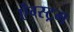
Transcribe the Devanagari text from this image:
ऐंग्स्ट्रम